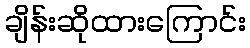
ချိန်းဆိုထားကြောင်း